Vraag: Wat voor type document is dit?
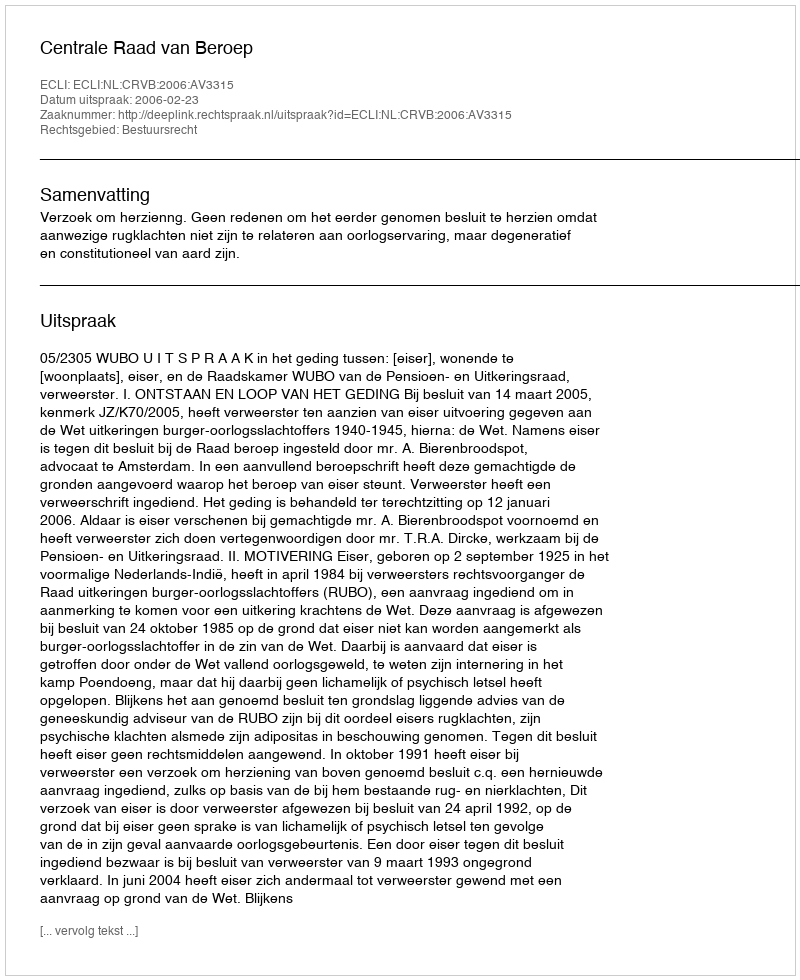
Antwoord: Uitspraak